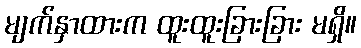
မျက်နှာထားက ထူးထူးခြားခြား မရှိ။